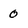
Character: 0